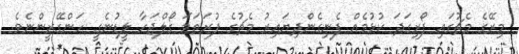
މިރޭގެ މެޗުގައި ފޯރިގަދަ ކުޅުމެއް ފެނިގެންދިޔައިރު މެޗުގެ ފުރަތަމަ ގޯލްޖަހާ ލީޑުނެގީ ހަންގޭރީންނެވެ.